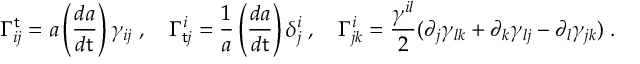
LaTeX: \Gamma _ { i j } ^ { \sf t } = a \left( \frac { d a } { d { \sf t } } \right) \gamma _ { i j } \; , ~ ~ ~ \Gamma _ { { \sf t } j } ^ { i } = \frac { 1 } { a } \left( \frac { d a } { d { \sf t } } \right) \delta _ { j } ^ { i } \; , ~ ~ ~ \Gamma _ { j k } ^ { i } = \frac { \gamma ^ { i l } } { 2 } ( \partial _ { j } \gamma _ { l k } + \partial _ { k } \gamma _ { l j } - \partial _ { l } \gamma _ { j k } ) \; .